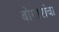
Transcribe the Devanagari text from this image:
बोगारांचा